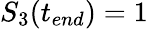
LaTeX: S_{3}(t_{end})=1